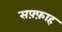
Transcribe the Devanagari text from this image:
सफ़्फ़ाह